Annual report of the Bengal Veterinary College and of the Civil Veterinary Department, Bengal, for the year 1913-1914 - 1913-1914
Year: 1913
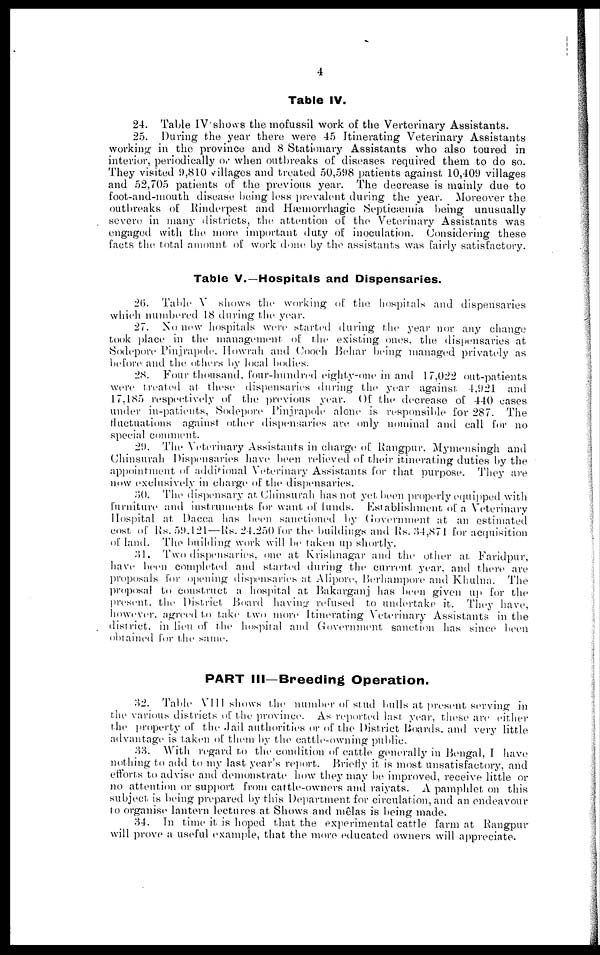
4
Table IV.
24. Table TV shows the mofussil work of the Verterinary Assistants.
25. During the year there were 45 Itinerating Veterinary Assistants
working in the province and 8 Stationary Assistants who also toured in
interior, periodically or when outbreaks of diseases required them to do so.
They visited 9,810 villages and treated 50,598 patients against 10,409 villages
and 52,705 patients of the previous year. The decrease is mainly due to
foot-and-mouth disease being less prevalent during the year. Moreover the
outbreaks of Rinderpest and Hæmorrhagic Septicæmia being unusually
severe in many districts, the attention of the Veterinary Assistants was
engaged with the more important duty of inoculation. Considering these
facts the total amount of work done by the assistants was fairly satisfactory.
Table V.—Hospitals and Dispensaries.
26. Table V shows the working of the hospitals and dispensaries
which numbered 18 during the year.
27. No new hospitals were started during the year nor any change
took place in the management of the existing ones, the dispensaries at
Sodepore Pinjrapole, Howrah and Coach Behar being managed privately as
before and the others by local bodies.
28. Four thousand, four-hundred eighty-one in and 17,022 out-patients
were treated at these dispensaries during the year against 4,921 and
17,185 respectively of the previous year. Of the decrease of 440 cases
under in-patients, Sodepore Pinjrapole alone is responsible for 287. The
fluctuations against other dispensaries are only nominal and call for no
special comment.
29. The Veterinary Assistants in charge of Rangpur, Mymensingh and
Chinsurah Dispensaries have been relieved of their itinerating duties by the
appointment of additional Veterinary Assistants for that purpose. They are
now exclusively in charge of the dispensaries.
80. The dispensary at Chinsurah has not yet been properly equipped with
furniture and instruments for want of funds. Establishment of a Veterinary
Hospital at Dacca has been sanctioned by Government at an estimated
cost of Us. 59.121—Rs. 24.250 for the buildings and Rs. 34,871 for acquisition
of land. The building work will be taken up shortly.
Ml. Two dispensaries, one at Krishnagar and the other at. Faridpur,
have been completed and started during the current year, and there are
proposals for opening dispensaries at Alipore, Berhampore and Khulna. The
proposal to construct a hospital at Bakarganj has been given up for the
present the District Board having refused to undertake it. They have,
however, agreed to take two more Itinerating Veterinary Assistants in the
district in lieu of the hospital and Government sanction has since been
obtained for the same.
PART III—Breeding Operation.
82. Table VIII shows the number of stud bulls at present serving in
the various districts of the province. As reported last year, these are either
the property of the Jail authorities or of the District Boards, and very little
advantage is taken of them by the cattle-owning public.
33. With regard to the condition of cattle generally in Bengal, I have
nothing to add to my last year's report. Briefly it is most unsatisfactory, and
efforts to advise and demonstrate how they may be improved, receive little or
no attention or support from cattle-owners and raiyats. A pamphlet on this
subject is being prepared by this Department for circulation, and an endeavour
to organise lantern lectures at Shows and mêlas is being made.
34. In time it is hoped that the experimental cattle farm at Rangpur
will prove a useful example, that the more educated owners will appreciate.